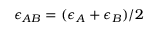
\epsilon _ { A B } = ( \epsilon _ { A } + \epsilon _ { B } ) / 2